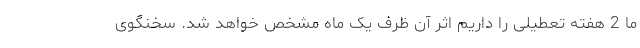
ما 2 هفته تعطیلی را داریم اثر آن ظرف یک ماه مشخص خواهد شد. سخنگوی